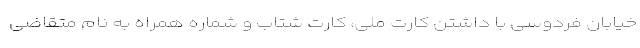
خیابان فردوسی با داشتن کارت ملی، کارت شتاب و شماره همراه به نام متقاضی